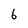
Character: 6